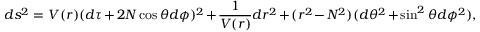
d s ^ { 2 } = V ( r ) ( d \tau + 2 N \cos \theta d \phi ) ^ { 2 } + \frac { 1 } { V ( r ) } d r ^ { 2 } + ( r ^ { 2 } - N ^ { 2 } ) ( d \theta ^ { 2 } + \sin ^ { 2 } \theta d \phi ^ { 2 } ) ,